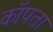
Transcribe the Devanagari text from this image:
कॉपता